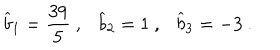
LaTeX: { \widehat b } _ { 1 } = { \frac { 3 9 } { 5 } } ~ , { \widehat b } _ { 2 } = 1 ~ , { \widehat b } _ { 3 } = - 3 ~ .